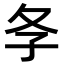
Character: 𡕕